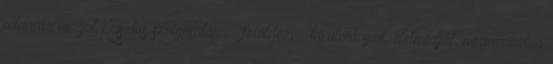
odaadta magát Krisztus szolgálatára – feláldozva tanulmányait, életmódját, megmaradva